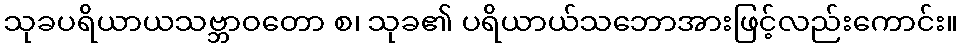
သုခပရိယာယသဗ္ဘာဝတော စ၊ သုခ၏ ပရိယာယ်သဘောအားဖြင့်လည်းကောင်း။